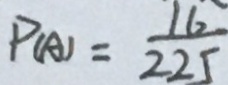
P _ { ( A ) } = \frac { 1 6 } { 2 2 5 }